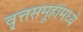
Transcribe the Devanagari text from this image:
वृ्त्तसमूहांमध्ये